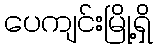
ပေကျင်းမြို့ရှိ